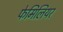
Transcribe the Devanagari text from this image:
फेमिलियर